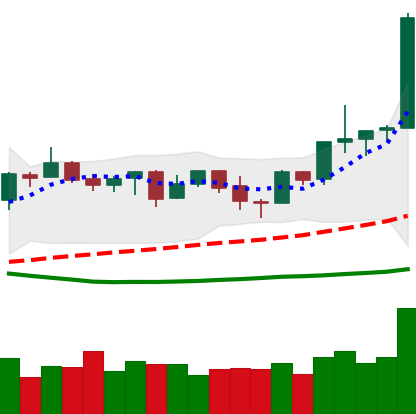
Ticker: NEO-USD
Chart end date: 2019-04-02
Forward return: 11.904%
Label: up_7plus